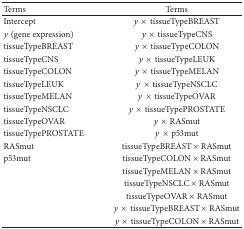
<table><thead><tr><td><b>Terms </b></td><td><b>Terms</b></td></tr></thead><tbody><tr><td>Intercept</td><td><i>y</i>×tissueTypeBREAST</td></tr><tr><td><i>y</i> (gene expression)</td><td><i>y</i>×tissueTypeCNS</td></tr><tr><td>tissueTypeBREAST</td><td><i>y</i>×tissueTypeCOLON</td></tr><tr><td>tissueTypeCNS</td><td><i>y</i>×tissueTypeLEUK</td></tr><tr><td>tissueTypeCOLON</td><td><i>y</i>×tissueTypeMELAN</td></tr><tr><td>tissueTypeLEUK</td><td><i>y</i>×tissueTypeNSCLC</td></tr><tr><td>tissueTypeMELAN</td><td><i>y</i>×tissueTypeOVAR</td></tr><tr><td>tissueTypeNSCLC</td><td><i>y</i>×tissueTypePROSTATE</td></tr><tr><td>tissueTypeOVAR</td><td><i>y</i>×RASmut</td></tr><tr><td>tissueTypePROSTATE</td><td><i>y</i>×p53mut</td></tr><tr><td>RASmut</td><td>tissueTypeBREAST × RASmut</td></tr><tr><td>p53mut</td><td>tissueTypeCOLON × RASmut</td></tr><tr><td> </td><td>tissueTypeMELAN × RASmut</td></tr><tr><td> </td><td>tissueTypeNSCLC × RASmut</td></tr><tr><td> </td><td>tissueTypeOVAR × RASmut</td></tr><tr><td> </td><td><i>y</i>×tissueTypeBREAST × RASmut</td></tr><tr><td> </td><td><i>y</i>×tissueTypeCOLON × RASmut</td></tr></tbody></table>